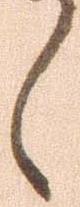
々